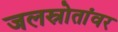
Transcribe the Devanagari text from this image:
जलस्रोतांवर